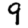
Digit: 9